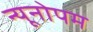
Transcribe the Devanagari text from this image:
न्यूनोपम